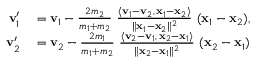
\begin{array} { r l } { \mathbf { v } _ { 1 } ^ { \prime } } & { { } = \mathbf { v } _ { 1 } - { \frac { 2 m _ { 2 } } { m _ { 1 } + m _ { 2 } } } \ { \frac { \langle \mathbf { v } _ { 1 } - \mathbf { v } _ { 2 } , \, \mathbf { x } _ { 1 } - \mathbf { x } _ { 2 } \rangle } { \| \mathbf { x } _ { 1 } - \mathbf { x } _ { 2 } \| ^ { 2 } } } \ ( \mathbf { x } _ { 1 } - \mathbf { x } _ { 2 } ) , } \\ { \mathbf { v } _ { 2 } ^ { \prime } } & { { } = \mathbf { v } _ { 2 } - { \frac { 2 m _ { 1 } } { m _ { 1 } + m _ { 2 } } } \ { \frac { \langle \mathbf { v } _ { 2 } - \mathbf { v } _ { 1 } , \, \mathbf { x } _ { 2 } - \mathbf { x } _ { 1 } \rangle } { \| \mathbf { x } _ { 2 } - \mathbf { x } _ { 1 } \| ^ { 2 } } } \ ( \mathbf { x } _ { 2 } - \mathbf { x } _ { 1 } ) } \end{array}